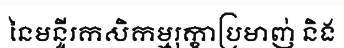
នៃមន្ទីរកសិកម្មរុក្ខាប្រមាញ់ និង